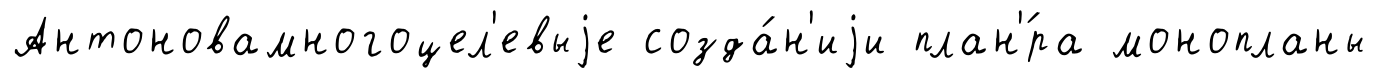
Антоновамногоцел'евыjе созда́н'иjи план'́ра монопланы